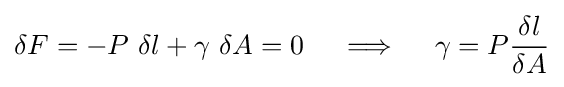
\delta F=-P~\delta l+\gamma ~\delta A=0\quad \implies \quad \gamma =P{\frac {\delta l}{\delta A}}